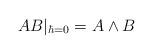
LaTeX: \begin{align*}AB|_{\hbar=0} = A\wedge B\end{align*}